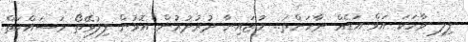
ފިލި ވާހަކަ އަވް އަޑެއް ނާހަންތަ.. މުޒައިނާ ދުރުދުރުން އޮޅުން ފިލުވޭތޯ މަސައްކަތް